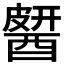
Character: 𨡶